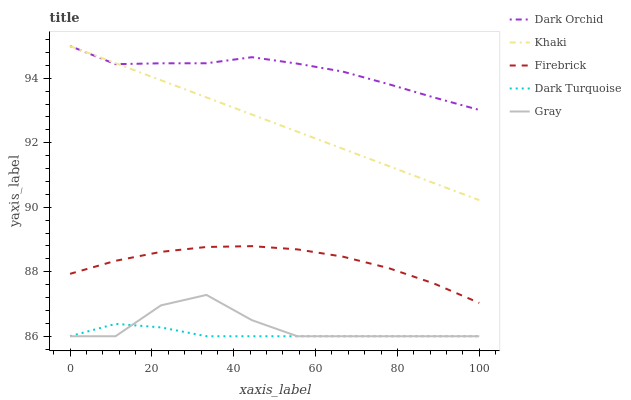
| xaxis_label | Dark Orchid | Khaki | Firebrick | Dark Turquoise | Gray |
 | --- | --- | --- | --- | --- | --- |
 | 0 | 95 | 95 | 87.9 | 86 | 86 |
 | 11.1 | 94.4 | 94.5 | 88.3 | 86.4 | 86 |
 | 22.2 | 94.5 | 93.9 | 88.6 | 86.3 | 87 |
 | 33.3 | 94.5 | 93.4 | 88.8 | 86 | 87.3 |
 | 44.4 | 94.7 | 92.9 | 88.8 | 86 | 86.5 |
 | 55.6 | 94.5 | 92.3 | 88.7 | 86 | 86 |
 | 66.7 | 94.2 | 91.8 | 88.5 | 86 | 86 |
 | 77.8 | 93.8 | 91.3 | 88.1 | 86 | 86 |
 | 88.9 | 93.4 | 90.8 | 87.6 | 86 | 86 |
 | 100 | 93 | 90.2 | 87 | 86 | 86 |